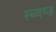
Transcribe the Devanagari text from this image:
स्च्वय्ज़